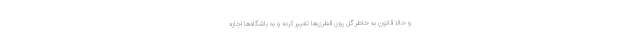
و حالا قانون به‌ خاطر گل روی قطری‌ها تغییر کرده و به باشگاه‌ها اجازه